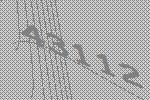
43112